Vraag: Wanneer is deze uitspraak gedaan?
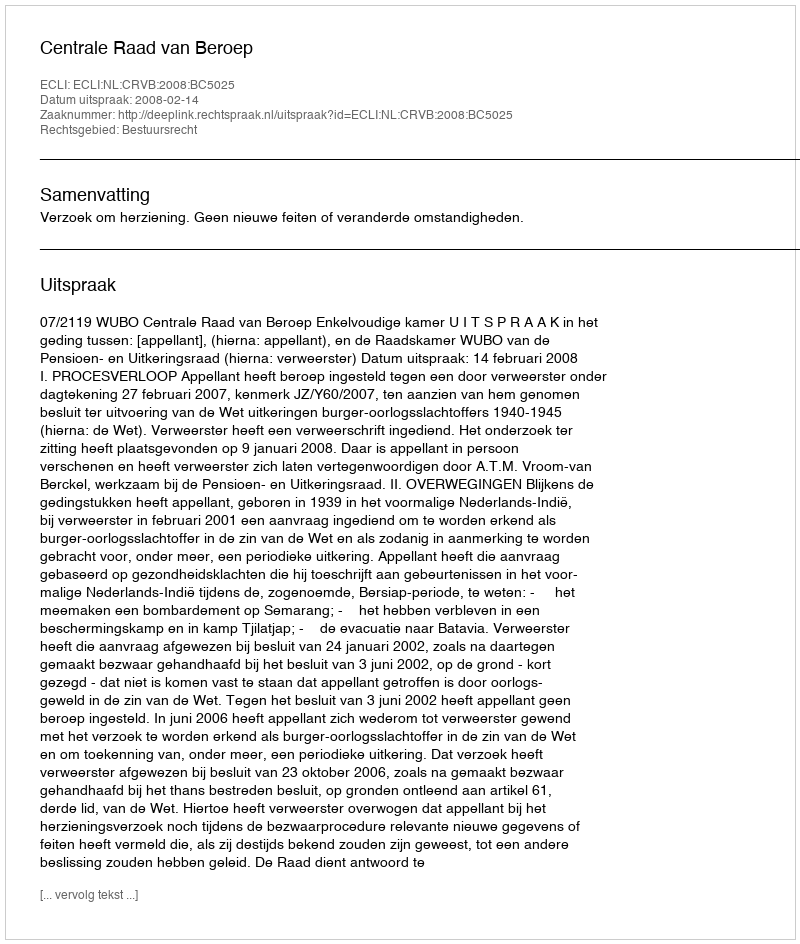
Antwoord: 2008-02-14